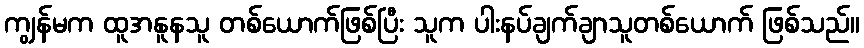
ကျွန်မက ထူအနူနသူ တစ်ယောက်ဖြစ်ပြီး သူက ပါးနပ်ချက်ချာသူတစ်ယောက် ဖြစ်သည်။